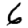
Digit: 6